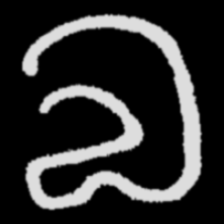
Pyu character \u2014 Myanmar letter: လ (romanized: la)